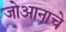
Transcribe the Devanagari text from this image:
जोआनाचे